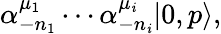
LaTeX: \alpha_{-n_{1}}^{\mu_{1}}\cdots\alpha_{-n_{\mathit{i}}}^{\mu_{\mathit{i}}}|0,p\rangle,